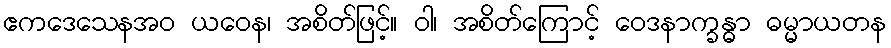
ဧကဒေသေနအဝ ယဝေန၊ အစိတ်ဖြင့်။ ဝါ၊ အစိတ်ကြောင့် ဝေဒနာက္ခန္ဓာ ဓမ္မာယတန